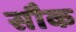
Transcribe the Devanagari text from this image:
सौक